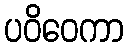
ပဝိဝေကာ